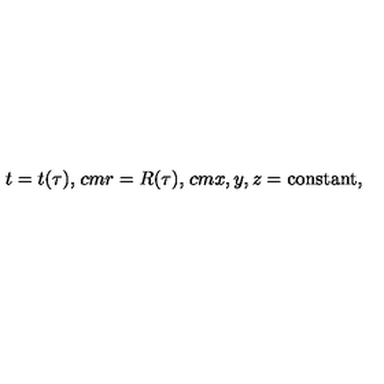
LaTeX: t = t ( \tau ) , \hspace * { 1 c m } r = R ( \tau ) , \hspace * { 1 c m } x , y , z = \mathrm { c o n s t a n t } ,